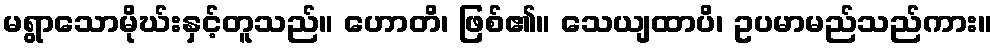
မရွာသောမိုဃ်းနှင့်တူသည်။ ဟောတိ၊ ဖြစ်၏။ သေယျထာပိ၊ ဥပမာမည်သည်ကား။